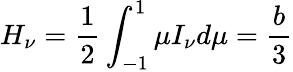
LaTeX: H_{\nu}={\frac{1}{2}}\int_{-1}^{1}\mu I_{\nu}d\mu={\frac{b}{3}}